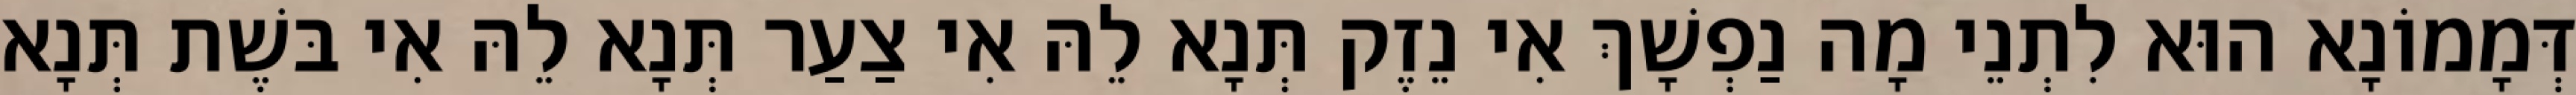
דְּמָמוֹנָא הוּא לִתְנֵי מָה נַפְשָׁךְ אִי נֵזֶק תְּנָא לֵהּ אִי צַעַר תְּנָא לֵהּ אִי בּשֶׁת תְּנָא